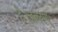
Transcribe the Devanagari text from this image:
है।जलवायु